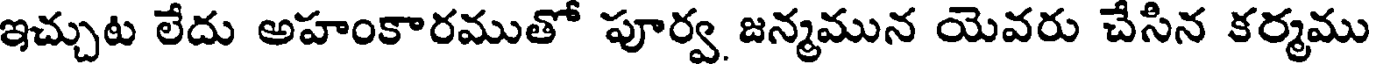
ఇచ్చుట లేదు అహంకారముతో పూర్వ జన్మమున యెవరు చేసిన కర్మము